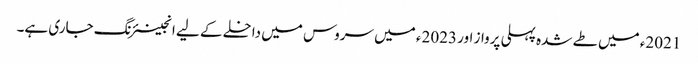
2021ء میں طے شدہ پہلی پرواز اور 2023ء میں سروس میں داخلے کے لیے انجینئرنگ جاری ہے۔